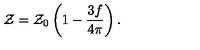
{ \cal Z } = { \cal Z } _ { 0 } \left( 1 - \frac { 3 f } { 4 \pi } \right) .